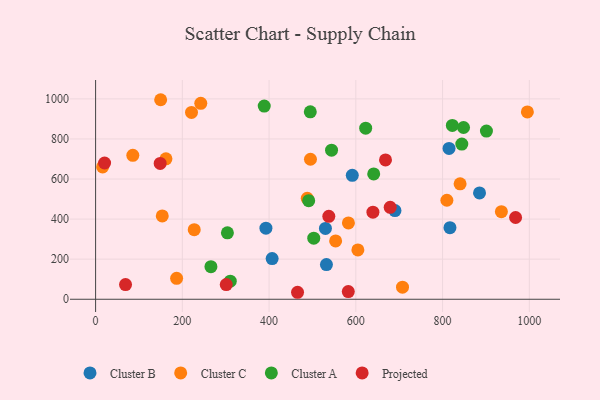
{"axis": {"x": "Study Hours", "y": "Sales"}, "legend": ["Cluster A", "Cluster B", "Cluster C", "Projected"], "data": [{"x": "407.0", "y": 203.0, "type": "Cluster B"}, {"x": "532.2", "y": 173.1, "type": "Cluster B"}, {"x": "814.9", "y": 752.5, "type": "Cluster B"}, {"x": "529.9", "y": 353.7, "type": "Cluster B"}, {"x": "690.2", "y": 442.5, "type": "Cluster B"}, {"x": "591.8", "y": 618.6, "type": "Cluster B"}, {"x": "817.0", "y": 357.2, "type": "Cluster B"}, {"x": "885.2", "y": 530.4, "type": "Cluster B"}, {"x": "392.7", "y": 354.7, "type": "Cluster B"}, {"x": "488.0", "y": 503.5, "type": "Cluster C"}, {"x": "162.2", "y": 700.7, "type": "Cluster C"}, {"x": "707.6", "y": 60.1, "type": "Cluster C"}, {"x": "242.5", "y": 977.7, "type": "Cluster C"}, {"x": "153.7", "y": 416.1, "type": "Cluster C"}, {"x": "553.4", "y": 291.2, "type": "Cluster C"}, {"x": "995.5", "y": 935.0, "type": "Cluster C"}, {"x": "809.9", "y": 494.0, "type": "Cluster C"}, {"x": "16.2", "y": 660.3, "type": "Cluster C"}, {"x": "186.8", "y": 104.6, "type": "Cluster C"}, {"x": "150.0", "y": 995.8, "type": "Cluster C"}, {"x": "221.1", "y": 932.6, "type": "Cluster C"}, {"x": "935.6", "y": 437.3, "type": "Cluster C"}, {"x": "582.9", "y": 381.1, "type": "Cluster C"}, {"x": "495.4", "y": 698.7, "type": "Cluster C"}, {"x": "227.4", "y": 347.2, "type": "Cluster C"}, {"x": "840.4", "y": 575.9, "type": "Cluster C"}, {"x": "604.7", "y": 246.3, "type": "Cluster C"}, {"x": "85.8", "y": 718.4, "type": "Cluster C"}, {"x": "491.3", "y": 491.9, "type": "Cluster A"}, {"x": "901.1", "y": 839.2, "type": "Cluster A"}, {"x": "265.9", "y": 162.7, "type": "Cluster A"}, {"x": "622.7", "y": 853.6, "type": "Cluster A"}, {"x": "303.9", "y": 331.6, "type": "Cluster A"}, {"x": "503.0", "y": 304.8, "type": "Cluster A"}, {"x": "310.5", "y": 90.2, "type": "Cluster A"}, {"x": "641.2", "y": 625.3, "type": "Cluster A"}, {"x": "844.3", "y": 774.6, "type": "Cluster A"}, {"x": "388.8", "y": 964.1, "type": "Cluster A"}, {"x": "495.0", "y": 935.3, "type": "Cluster A"}, {"x": "848.3", "y": 857.1, "type": "Cluster A"}, {"x": "544.0", "y": 744.2, "type": "Cluster A"}, {"x": "822.5", "y": 867.5, "type": "Cluster A"}, {"x": "639.4", "y": 434.7, "type": "Projected"}, {"x": "582.6", "y": 38.2, "type": "Projected"}, {"x": "968.3", "y": 408.1, "type": "Projected"}, {"x": "20.7", "y": 679.9, "type": "Projected"}, {"x": "537.7", "y": 413.9, "type": "Projected"}, {"x": "679.2", "y": 458.8, "type": "Projected"}, {"x": "465.6", "y": 34.8, "type": "Projected"}, {"x": "69.0", "y": 73.3, "type": "Projected"}, {"x": "148.9", "y": 677.8, "type": "Projected"}, {"x": "668.4", "y": 695.3, "type": "Projected"}, {"x": "301.2", "y": 73.0, "type": "Projected"}]}